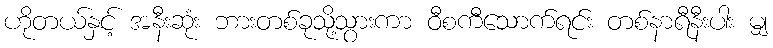
ဟိုတယ်နှင့် အနီးဆုံး ဘားတစ်ခုသို့သွားကာ ဝီစကီသောက်ရင်း တစ်နာရီနီးပါး မျှ